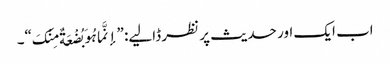
اب ایک اور حدیث پر نظر ڈالیے: ”إنَّما ہُوَ بُضْعَةٌ مِنْکَ“۔